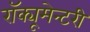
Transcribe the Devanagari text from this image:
रॉक्यूमेन्टरी